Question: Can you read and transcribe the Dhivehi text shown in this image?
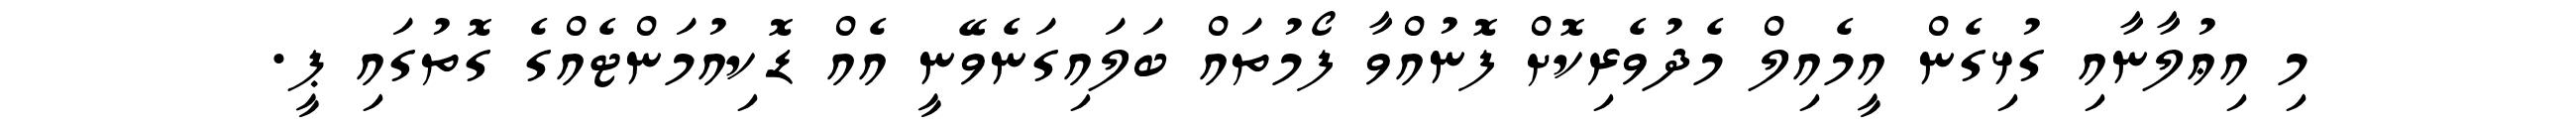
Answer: މި އިޢުލާނާއި ގުޅިގެން އީމެއިލް މެދުވެރިކޮށް ފޮނުއްވާ ފޯމުތައް ބަލައިގަނެވޭނީ އެއް ޑޮކިއުމަންޓެއްގެ ގޮތުގައި ޕީ.